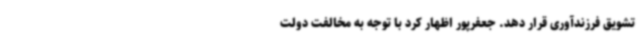
تشویق فرزندآوری قرار دهد. جعفرپور اظهار کرد با توجه به مخالفت دولت